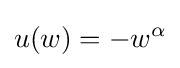
u(w)=-w^{\alpha }